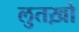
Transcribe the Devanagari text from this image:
लुतख़ो